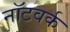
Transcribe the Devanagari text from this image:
नॉटवर्क